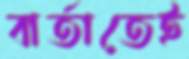
বার্তাতেই